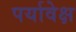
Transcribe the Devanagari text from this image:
पर्यावेक्ष